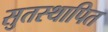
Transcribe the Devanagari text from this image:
सुतस्थापित